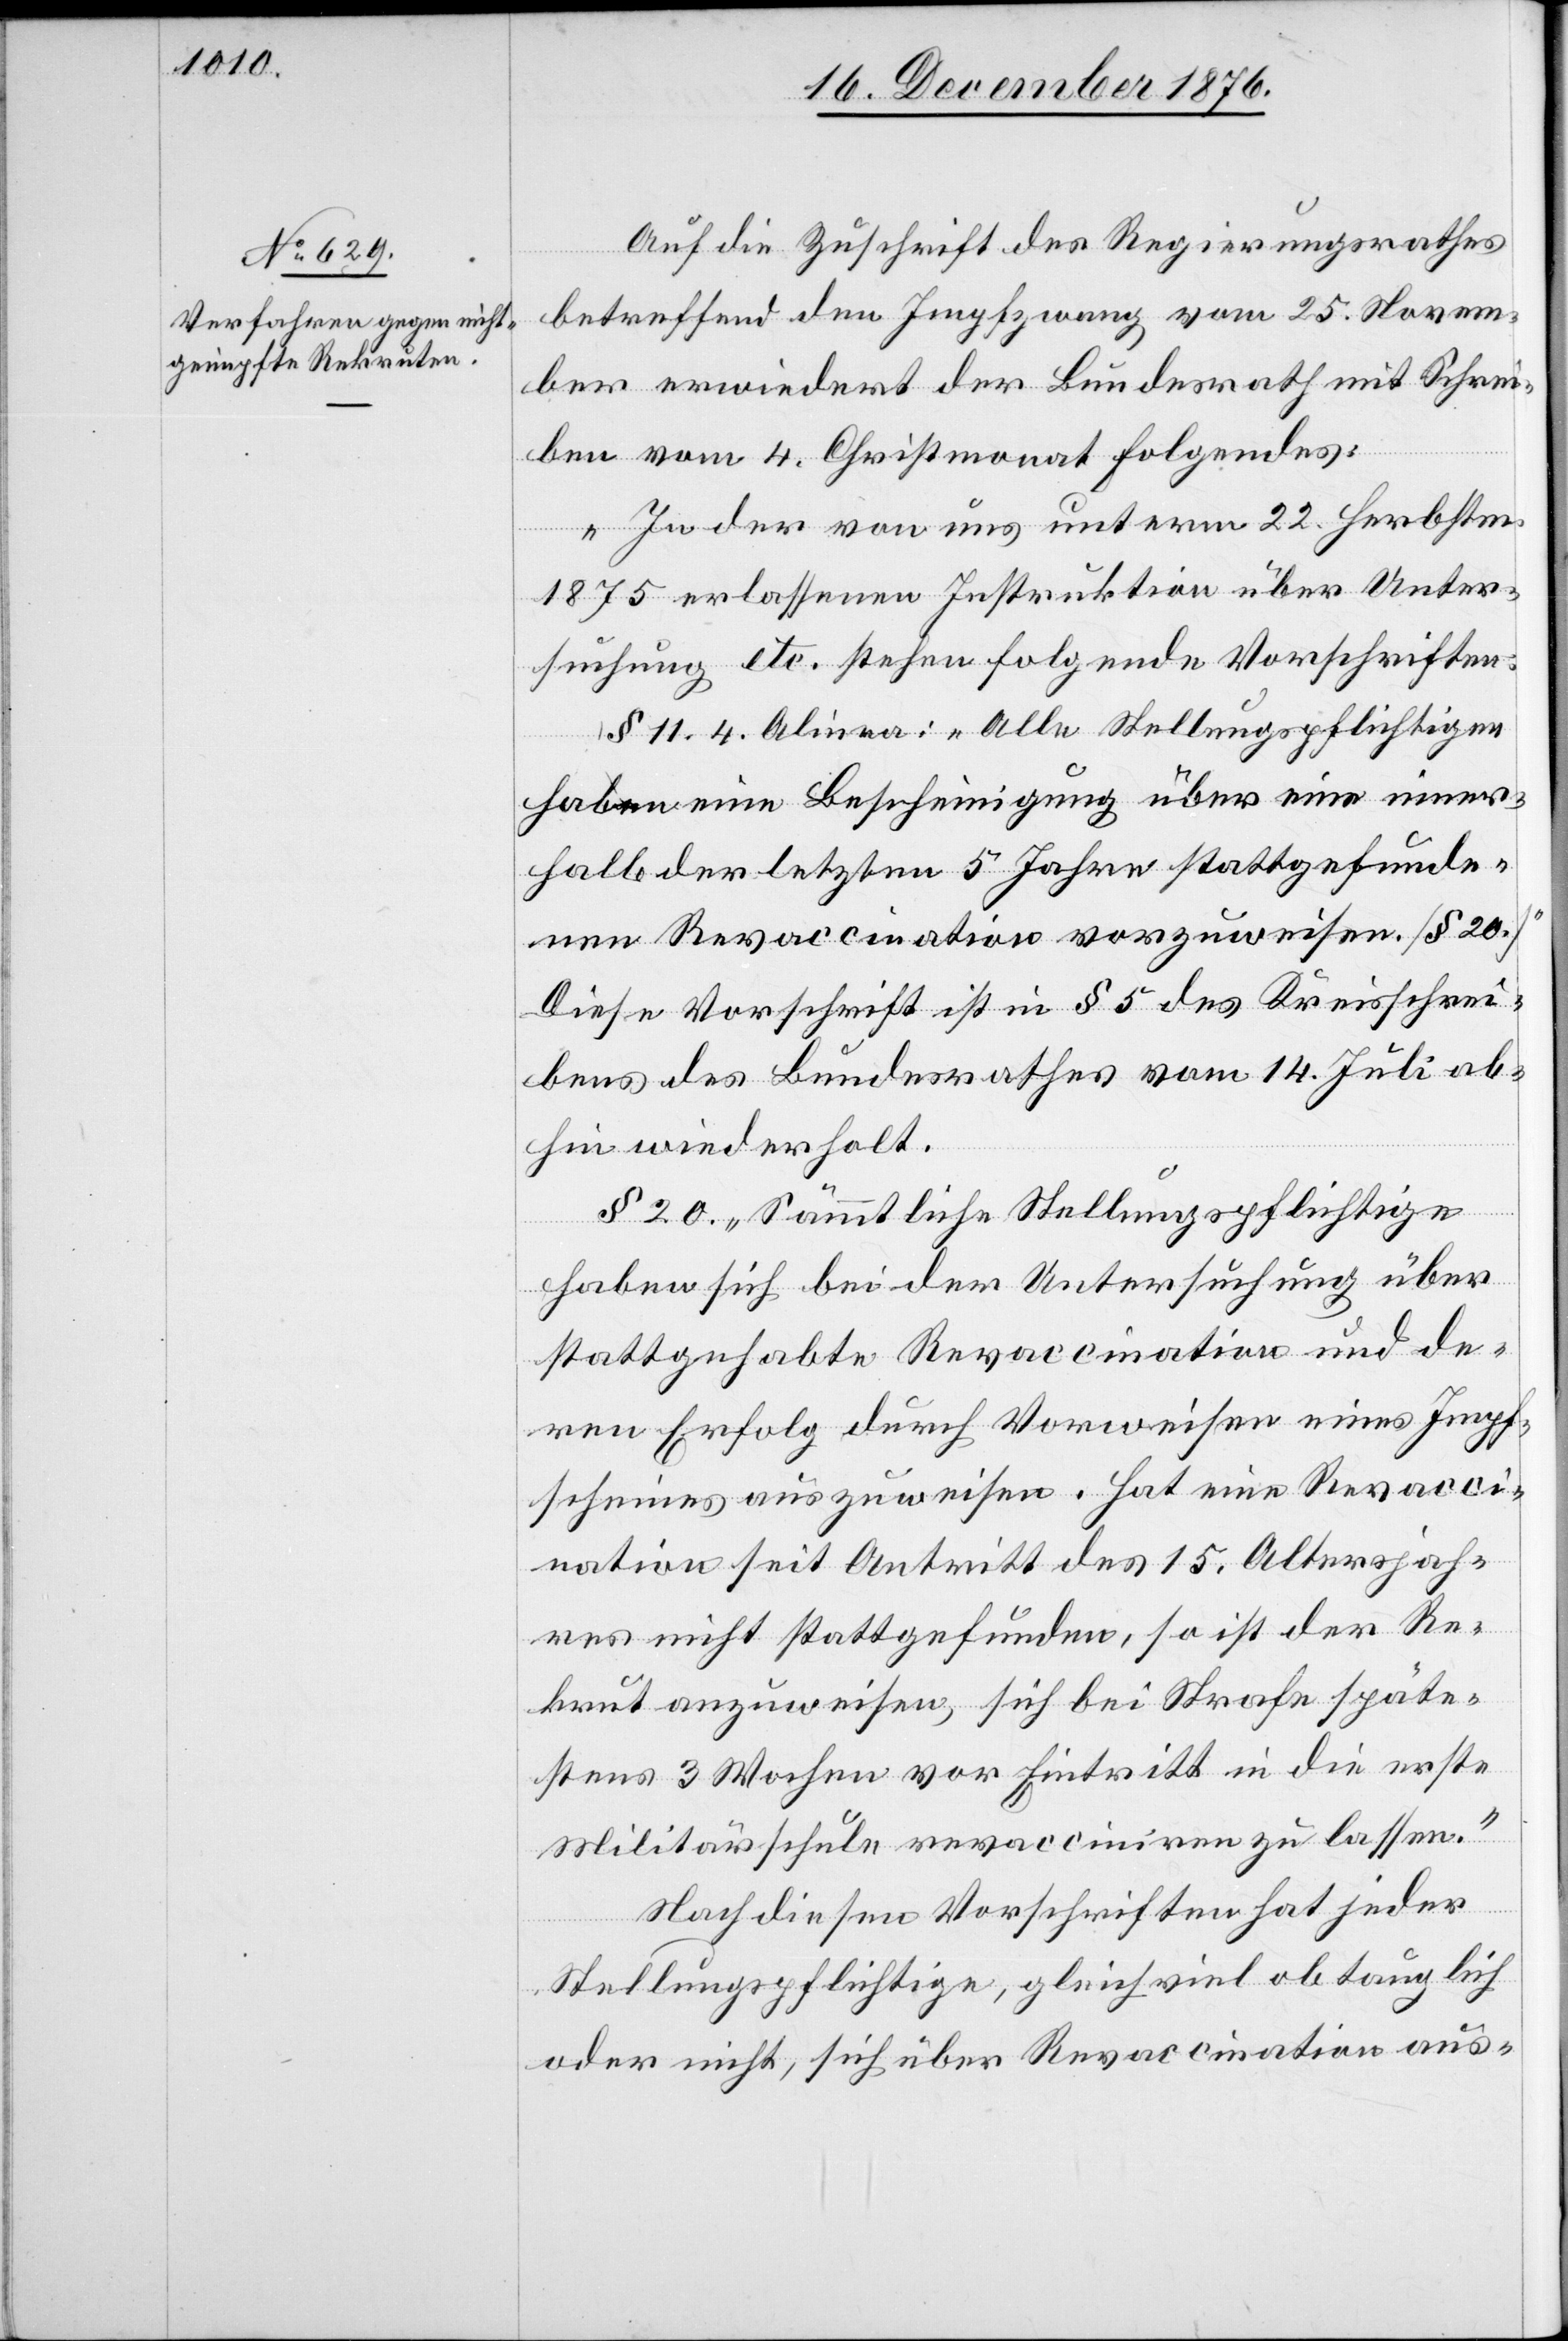
Auf die Zuschrift des Regierungsrathes
betreffend den Impfzwang vom 25. Novem¬
ber erwiedert der Bundesrath mit Schrei¬
ben vom 4. Christmonat Folgendes:
„In der von uns unterm 22. Herbstm.
1875 erlassenen Instruktion über Unter¬
suchung etc. stehen folgende Vorschriften:
§ 11. 4. Alinea: „Alle Stellungspflichtigen
haben eine Bescheinigung über eine inner¬
halb der letzten 5 Jahre stattgefunde¬
nen Revaccination vorzuweisen. [§ 20.]“
Diese Vorschrift ist in § 5 des Kreisschrei¬
bens des Bundesrathes vom 14. Juli ab¬
hin wiederholt.
§ 20. „Sämmtliche Stellungspflichtige
haben sich bei der Untersuchung über
stattgehabte Revaccination und de¬
ren Erfolg durch Vorweisen eines Impf¬
scheines auszuweisen. Hat eine Revacci¬
nation seit Antritt des 15. Altersjah¬
res nicht stattgefunden, so ist der Re¬
krut anzuweisen, sich bei Strafe späte¬
stens 3 Wochen vor Eintritt in die erste
Militärschule revacciniren zu lassen.“
Nach diesen Vorschriften hat jeder
Stellungspflichtige, gleichviel ob tauglich
oder nicht, sich über Revaccination aus-